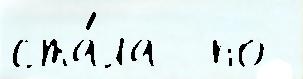
ста́ла  по